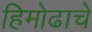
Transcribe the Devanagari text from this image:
हिमोढाचे